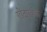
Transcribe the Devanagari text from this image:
खेदपूर्वक